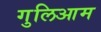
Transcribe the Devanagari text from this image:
गुलिआम